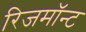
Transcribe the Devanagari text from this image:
रिजमॉन्ट